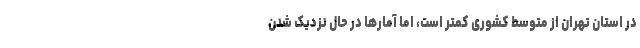
در استان تهران از متوسط کشوری کمتر است، اما آمارها در حال نزدیک شدن